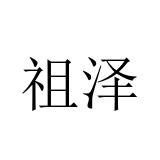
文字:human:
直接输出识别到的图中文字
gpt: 祖泽